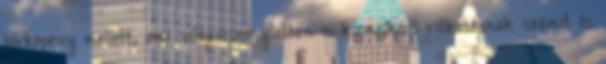
bőrköpeny mellett, ami világviszonylatban is kiemelkedő ritkaságnak számít és